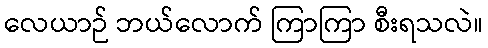
လေယာဉ် ဘယ်လောက် ကြာကြာ စီးရသလဲ။